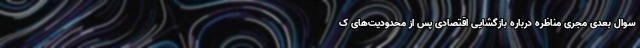
سوال بعدی مجری مناظره درباره بازگشایی اقتصادی پس از محدودیت‌های ک